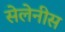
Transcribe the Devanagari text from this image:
सेलेनीस